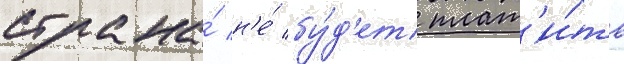
страна́ н'е́ бу́д'ет плат'и́ть